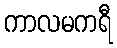
ကာလမကရီ